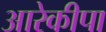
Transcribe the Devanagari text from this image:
आरेकीपा